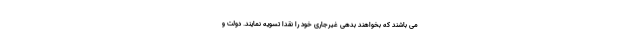
می باشند که بخواهند بدهی غیرجاری خود را نقداً تسویه نمایند. دولت و